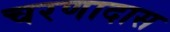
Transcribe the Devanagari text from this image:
चरणादास